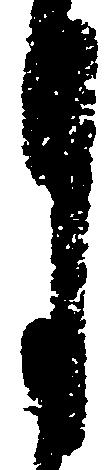
月